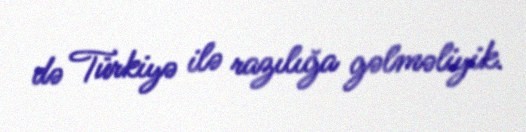
də Türkiyə ilə razılığa gəlməliyik.